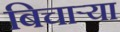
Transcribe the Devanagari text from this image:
बिचार्‍या